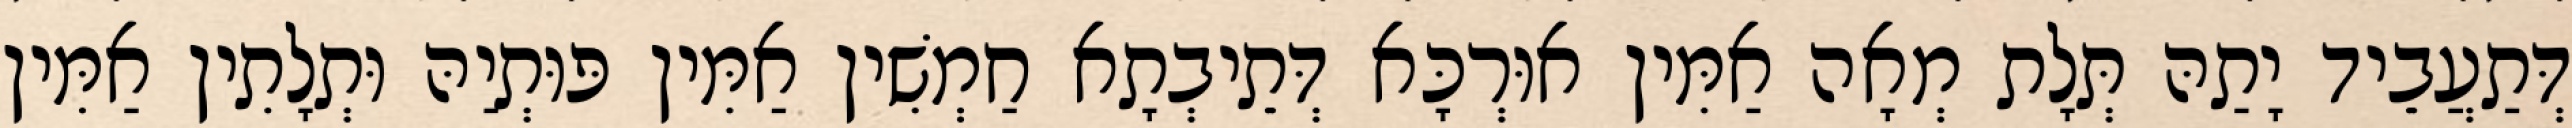
דְּתַעֲבֵיד יָתַהּ תְּלָת מְאָה אַמִּין אוּרְכָּא דְּתֵיבְתָא חַמְשִׁין אַמִּין פּוּתְיַהּ וּתְלָתִין אַמִּין